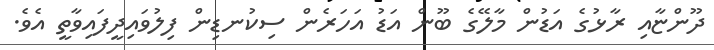
ދޫންޏާއި ރާޅުގެ އަޑުން މާލޭގެ ބޫން އަޑު އަހަރެން ސިކުނޑިން ފިލުވައިދީފައިވާތީ އެވެ.